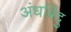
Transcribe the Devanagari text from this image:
अंधबिंदु